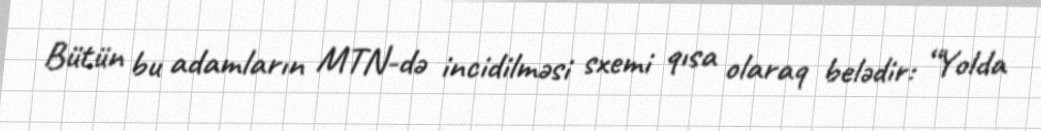
Bütün bu adamların MTN-də incidilməsi sxemi qısa olaraq belədir: “Yolda